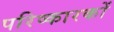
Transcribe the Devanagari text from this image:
परिष्कारकों